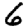
Digit: 6